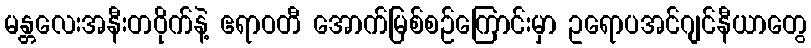
မန္တလေးအနီးတဝိုက်နဲ့ ဧရာဝတီ အောက်မြစ်စဉ်ကြောင်းမှာ ဥရောပအင်ဂျင်နီယာတွေ